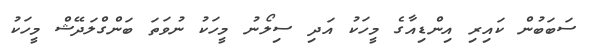
ސަބަބުން ކައިރި އިންޑިއާގެ މީހަކު އަދި ސިލޯނު މީހަކު ނުވަތަ ބަންގްލަދޭޝް މީހަކު